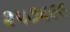
૨૫૭૬૯૯